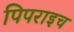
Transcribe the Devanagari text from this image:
पिपराइच